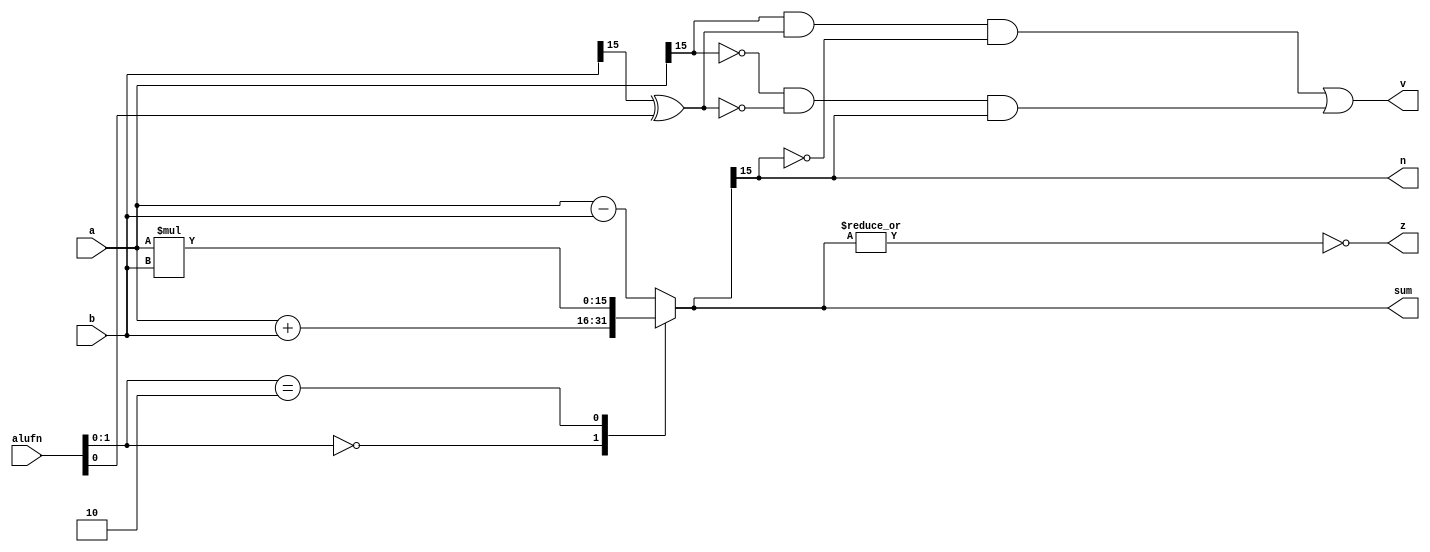
/*
   This file was generated automatically by the Mojo IDE version B1.3.6.
   Do not edit this file directly. Instead edit the original Lucid source.
   This is a temporary file and any changes made to it will be destroyed.
*/

module adder_15 (
    input [5:0] alufn,
    input [15:0] a,
    input [15:0] b,
    output reg [15:0] sum,
    output reg v,
    output reg z,
    output reg n
  );
  
  
  
  reg [15:0] sumt;
  
  always @* begin
    
    case (alufn[0+1-:2])
      2'h0: begin
        sumt = a + b;
      end
      2'h1: begin
        sumt = a - b;
      end
      2'h2: begin
        sumt = a * b;
      end
      default: begin
        sumt = a - b;
      end
    endcase
    sum = sumt;
    n = sumt[15+0-:1];
    z = (~|sumt);
    v = (a[15+0-:1] & (b[15+0-:1] ^ alufn[0+0-:1]) & (~sumt[15+0-:1])) | ((~a[15+0-:1]) & (~(b[15+0-:1] ^ alufn[0+0-:1])) & sumt[15+0-:1]);
  end
endmodule